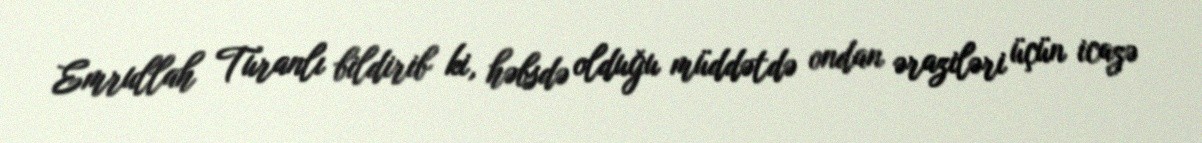
Emrullah Turanlı bildirib ki, həbsdə olduğu müddətdə ondan əraziləri üçün icazə